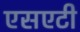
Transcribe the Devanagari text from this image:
एसएटी